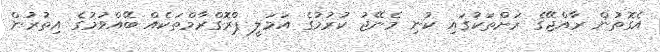
އެގޮތުން ރާއްޖޭގެ ރަށްތަކުގައި ކުނި މެނޭޖު ކުރުމުގެ އަމަލީ ޕްރޮގްރާމްތަކެއް ބޭއްވުމުގެ އިތުރުން